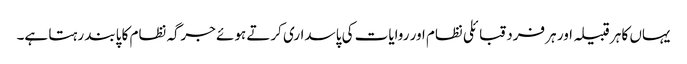
یہاں کا ہر قبیلہ اور ہر فرد قبائلی نظام اور روایات کی پاسداری کرتے ہوئے جرگہ نظام کا پابند رہتا ہے۔